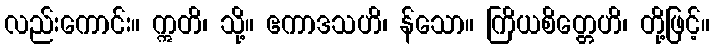
လည်းကောင်း။ ဣတိ၊ သို့။ ဧကာဒသဟိ၊ န်သော။ ကြိယစိတ္တေဟိ၊ တို့ဖြင့်။